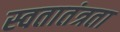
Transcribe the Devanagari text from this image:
स्वतातंत्रता